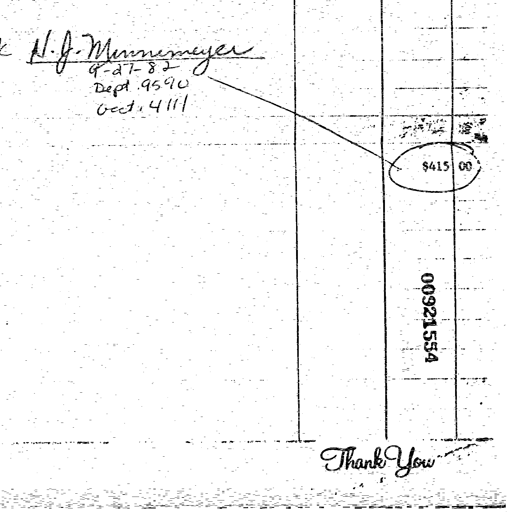
N. J. Munnemeyer
9-27-82
Dept. 9590
acct. 4111
$415 00
00921554
Thank You